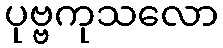
ပုဗ္ဗကုသလော